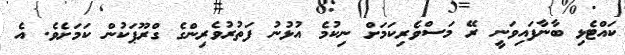
ކައްޓެޅި ބާނާފައިވަނީ ރޭ މަސްވެރިކަމަށް ނިކުމެ އުޅުނު ފަތުރުވެރިންގެ ގްރޫޕަކުން ކަމަށެވެ. އެ